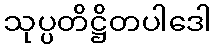
သုပ္ပတိဋ္ဌိတပါဒေါ